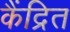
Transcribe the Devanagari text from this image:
कैंद्रित